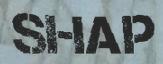
SHAP